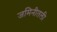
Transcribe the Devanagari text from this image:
जमिनीतली